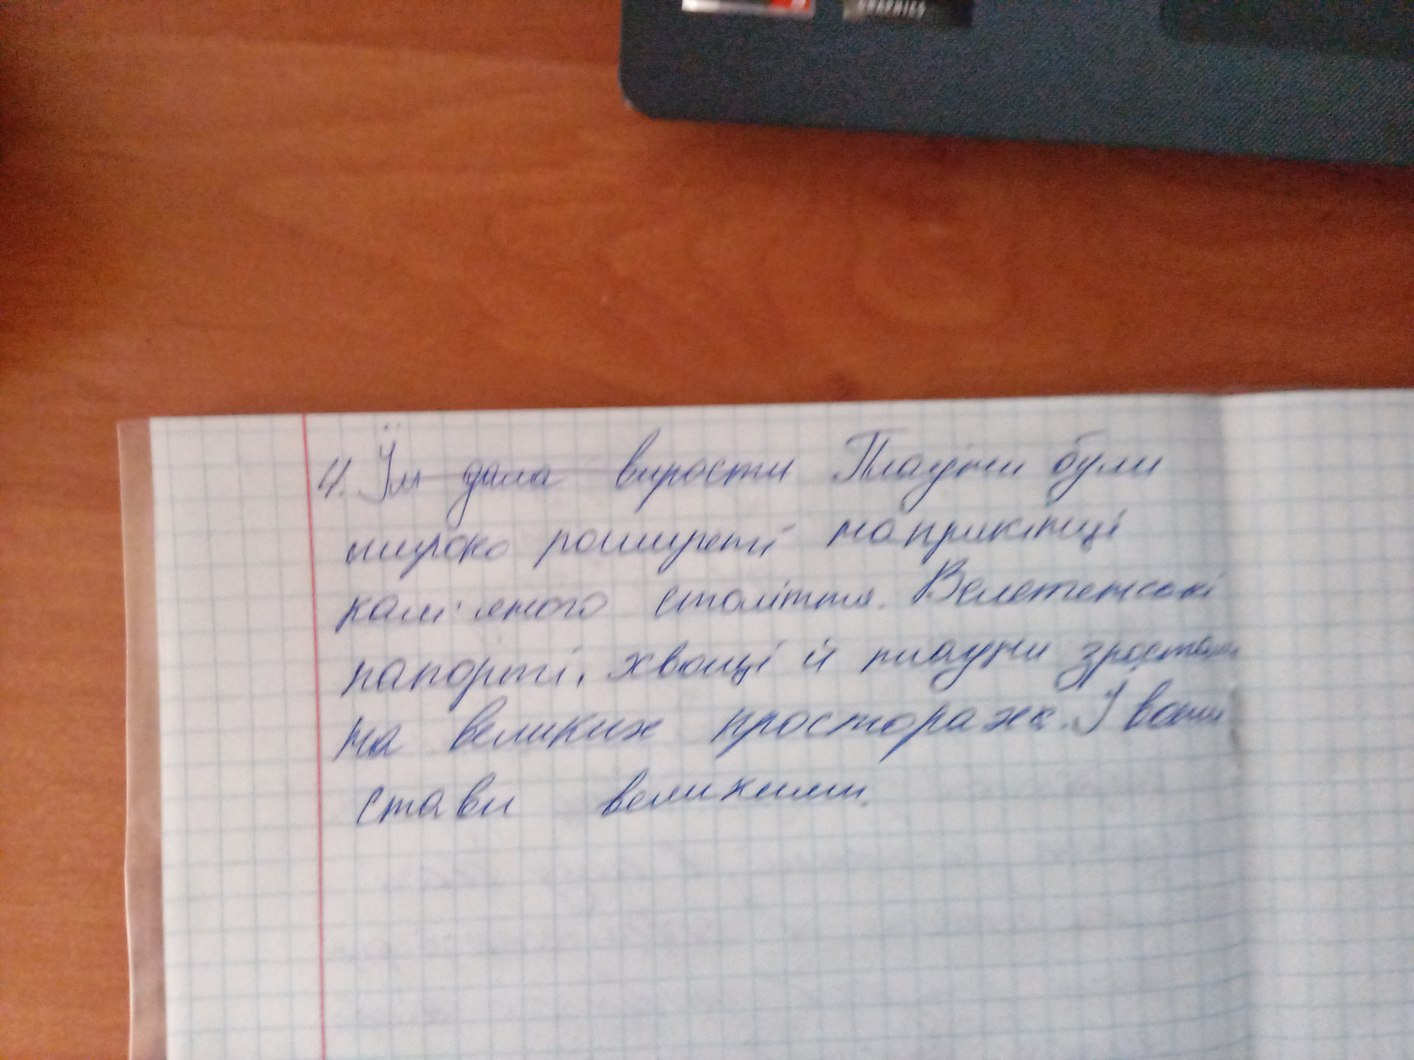
4. ~~Їм дала вирости~~ Плауни були
широко поширені наприкінці
кам'яного століття. Велетенські
папороті, хвощі, плауни зростали
на великих просторах. І вони
стави великими.